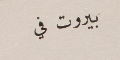
بيروت في